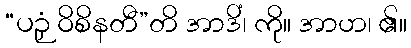
“ပဉှံ ဝိစိနတီ”တိ အာဒိံ၊ ကို။ အာဟ၊ ၏။